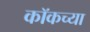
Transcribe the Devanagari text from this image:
कॉकच्या